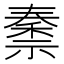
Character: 𫀜